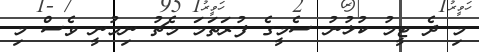
މި ދެ ޓީމު ކުޅުނު ސެމީގެ ފުރަތަމަ މެޗު ނިމުނީ ވެސް މި